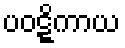
ပဝဋ္ဋိကာယ